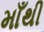
માઁથી